Civil Veterinary Department. United Provinces 1912-22 - 1912-1922
Year: 1912
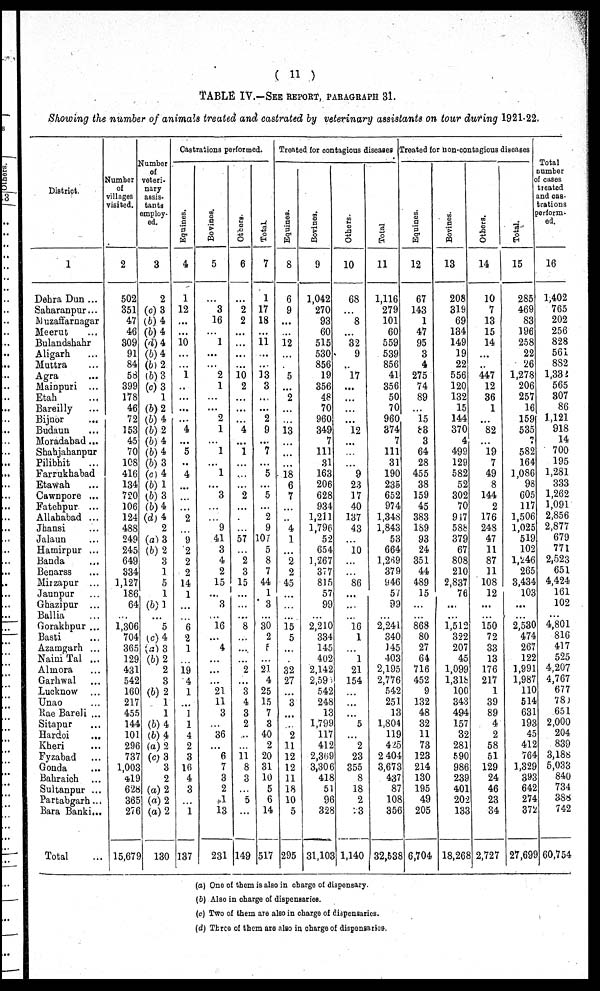
( 11 )
TABLE IV.—SEE REPORT, PARAGRAPH 31.
Showing the number of animals treated and castrated by veterinary assistants on tour during 1921-22.
District.
1
Dehra Dun ...
Saharanpur...
Muzaffarnagar
Meerut ...
Bulandshahr
Aligarh ...
Muttra ...
Agra ...
Mainpuri ...
Etah ...
Bareilly ...
Bijnor ...
Budaun ...
Moradabad ...
Shahjahanpur
Pilibhit ...
Farrukhabad
Etawah ...
Cawnpore ...
Fatehpur ...
Allahabad ...
Jhansi ...
Jalaun ...
Hamirpur ...
Banda ...
Benarss ...
Mirzapur ...
Jaunpur ...
Ghazipur ...
Ballia ...
Gorakhpur ...
Basti ...
Azamgarh ...
Naini Tal ...
Almora ...
Garhwal ...
Lucknow ...
Unao ...
Rae Bareli ...
Sitapur ...
Hardoi ...
Kheri ...
Fyzabad ...
Gonda ...
Bahraich ...
Sultanpur ...
Partabgarh...
Bara Banki ...
Total ...
Number
of
villages
visited.
2
502
351
47
46
309
91
84
58
399
178
46
72
153
45
70
108
416
134
720
106
124
488
249
245
649
334
1,127
186
64
...
1,306
704
365
129
431
542
160
217
455
144
101
296
737
1,003
419
628
365
276
15,679
Number
of
veteri-
nary
assis-
tants
employ-
ed.
3
2
(c) 3
(b) 4
(b) 4
(d) 4
(b) 4
(b) 2
(b) 3
(c) 3
1
(b) 2
(b) 4
(b) 2
(b) 4
(b) 4
(b) 3
(c) 4
(b) 1
(b) 3
(b) 4
(d) 4
2
(a) 3
(b) 2
3
1
5
1
(b) 1
...
5
(c) 4
(a) 3
(b) 2
2
3
(b) 2
1
1
(b) 4
(b) 4
(a) 2
(c) 3
3
2
(a) 2
(a) 2
(a) 2
130
Castrations performed.
Equi nes .
4
1
12
...
...
10
...
...
1
...
...
...
...
4
...
5
...
4
...
...
...
2
...
9
2
2
2
14
1
...
...
6
2
1
...
19
4
1
...
1
1
4
2
3
16
4
3
...
1
137
Bovi nes .
5
...
3
16
...
1
...
...
2
1
...
...
2
1
1
...
1
...
3
...
...
9
41
3
4
2
15
...
3
...
16
...
4
...
...
...
21
11
3
...
36
...
6
7
3
2
1
13
231
Others.
6
...
2
2
...
...
...
...
10
2
...
...
...
4
...
1
...
...
...
2
...
...
...
57
...
2
3
15
...
...
...
8
...
...
...
2
...
3
4
3
2
...
...
11
8
3
...
5
...
149
Tot al .
7
1
17
18
...
11
...
...
13
3
...
...
2
9
...
7
...
5
...
5
...
2
9
107
5
8
7
44
1
3
...
30
2
5
...
21
4
25
15
7
3
40
2
20
31
10
5
6
14
517
Treated for contagious diseases
Equi nes .
8
6
9
...
...
12
...
...
5
...
2
...
...
13
...
...
...
18
6
7
...
...
4
1
...
2
2
45
...
...
...
15
5
...
...
32
27
...
3
...
...
2
11
12
12
11
18
10
5
295
Bovi ne s .
9
1,042
270
93
60
515
530
856
19
356
48
70
960
349
7
111
31
163
206
628
934
1,211
1,796
52
654
1,267
377
815
57
99
...
2,210
334
145
402
2,142
2,59
542
248
13
1,799
117
412
2,309
3,306
418
51
96
328
31,103
Ot her s .
10
68
...
8
...
32
9
...
17
...
...
...
...
12
...
...
...
9
23
17
40
137
43
...
10
...
...
86
...
...
...
16
1
...
1
21
154
...
...
...
5
...
2
23
355
8
18
2
23
1,140
Tot al
11
1,116
279
101
60
559
539
856
41
356
50
70
960
374
7
111
31
190
235
652
974
1,348
1,843
53
664
l,269
379
946
57
99
...
2,241
340
145
403
2,195
2,776
542
251
13
1,804
119
425
2 404
3,673
437
87
108
356
32,538
Treated for don-contagious diseases
Equines.
12
67
143
1
47
95
3
4
275
74
89
...
15
83
3
64
28
455
38
159
45
383
189
93
24
351
44
489
15
...
...
868
80
27
64
716
452
9
132
48
32
11
73
123
214
130
195
49
205
6,704
Bovines.
13
208
319
69
134
149
19
22
556
120
132
15
144
370
4
499
129
582
52
302
70
917
588
379
67
808
210
2,837
76
...
...
1,512
322
207
45
1,099
1,318
100
343
494
157
32
281
590
986
239
401
202
133
18,268
Others.
14
10
7
13
15
14
...
...
447
12
36
1
...
82
...
19
7
49
8
144
2
176
248
47
11
87
11
108
12
...
...
150
72
33
13
176
217
1
39
89
4
2
58
51
129
24
46
23
34
2,727
Tot al .
15
285
469
83
196
258
22
26
1,278
206
257
16
159
535
7
582
164
1,086
98
605
117
1,506
1,025
519
102
1,246
265
3,434
103
...
...
2,530
474
267
122
1,991
1,987
110
514
631
193
45
412
764
1,329
393
642
274
372
27,699
Total
number
of cases
treated
and cas-
trations
perform-
ed.
16
1,402
765
202
256
828
561
882
1,332
565
307
86
1,121
918
14
700
195
1,281
333
1,262
1,091
2,856
2,877
679
771
2,523
651
4,424
161
102
...
4,801
816
417
525
4,207
4,767
677
780
651
2,000
204
839
3,188
5,033
840
734
388
742
60,754
(a) One of them is also in charge of dispensary.
(b) Also in charge of dispensaries.
(c) Two of them are also in charge of dispensaries.
(d) Three of them are also in charge of dispensaries.